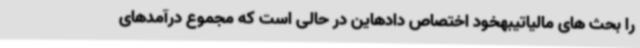
را بحث های مالیاتیبهخود اختصاص دادهاین در حالی است که مجموع درآمدهای